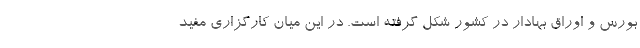
بورس و اوراق بهادار در کشور شکل‌ گرفته است. در این میان کارگزاری مفید